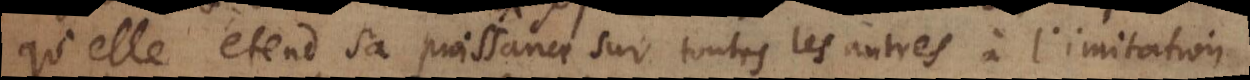
qu’elle étend sa puissance sur toutes les autres à l’imitation